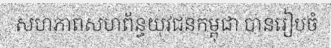
សហភាពសហព័ន្ធយុវជនកម្ពុជា បានរៀបចំ